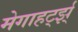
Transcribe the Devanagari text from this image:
मेगाहर्ट्झ्